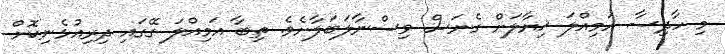
މި ހާދިސާ އަމިއްލަ ޚިޔާލަށް ގެނަސް ވިސްނާލަބަލާށެވެ. ތިބާ އަމިއްލަ ގޭގައި ދިރިއުޅެނިކޮށް